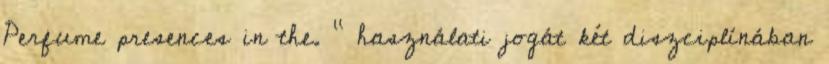
Perfume presences in the. ” használati jogát két diszciplínában